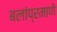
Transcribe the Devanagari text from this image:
बलांप्रमाणे